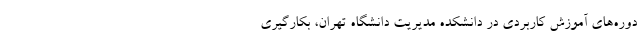
دوره‌های آموزش کاربردی در دانشکده مدیریت دانشگاه تهران، بکارگیری